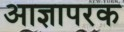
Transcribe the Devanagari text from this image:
आज्ञापरक